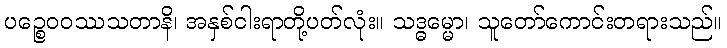
ပဉ္စေဝဝဿသတာနိ၊ အနှစ်ငါးရာတို့ပတ်လုံး။ သဒ္ဓမ္မော၊ သူတော်ကောင်းတရားသည်။